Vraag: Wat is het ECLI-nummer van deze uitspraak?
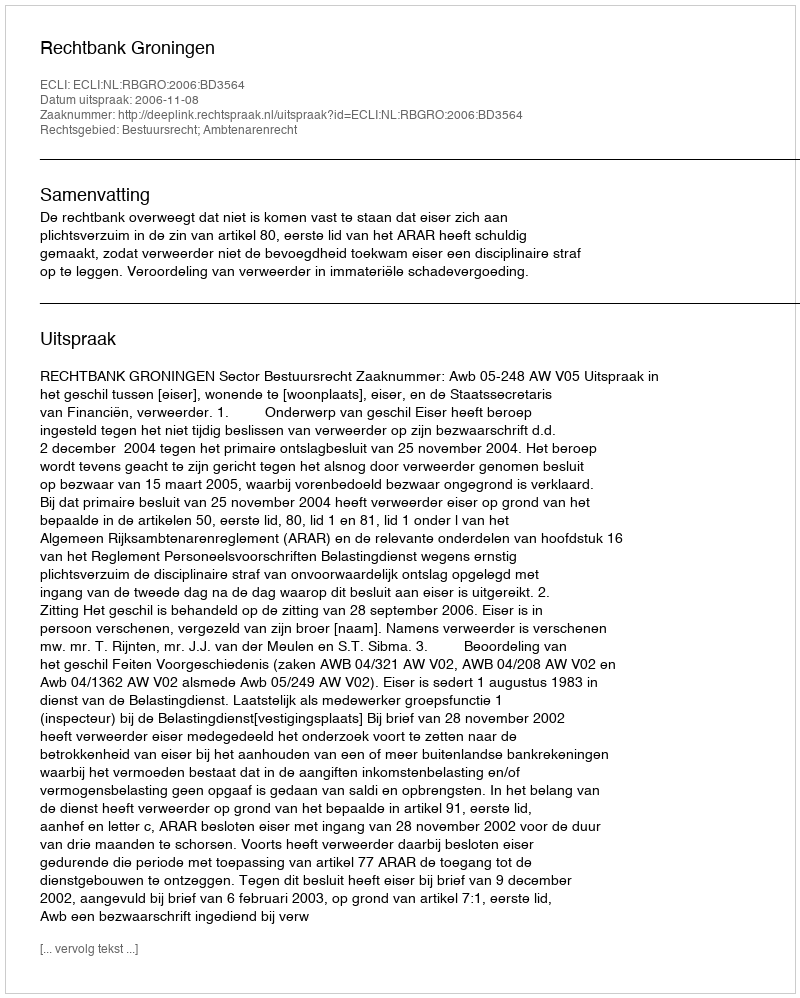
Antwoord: ECLI:NL:RBGRO:2006:BD3564